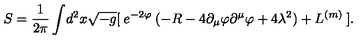
S = \frac { 1 } { 2 \pi } \int \! d ^ { 2 } x \sqrt { - g } [ \: e ^ { - 2 \varphi } \: ( - R - 4 \partial _ { \mu } \varphi \partial ^ { \mu } \varphi + 4 \lambda ^ { 2 } ) + L ^ { ( m ) } \: ] .